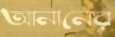
আনানের